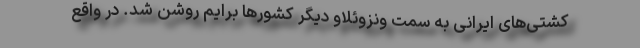
کشتی‌های ایرانی به سمت ونزوئلاو دیگر کشورها برایم روشن شد. در واقع